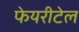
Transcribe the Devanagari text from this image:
फेयरीटेल